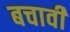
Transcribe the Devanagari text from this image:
बचावी